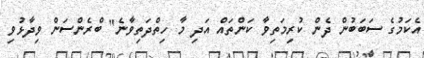
އެކަމުގެ ސަބަބުން ދެން ކުރިމަތިވާ ކަންތައް އަދި މާ ހިތްދަތިވާނެ" ބްރެންސަން ވިދާޅުވި